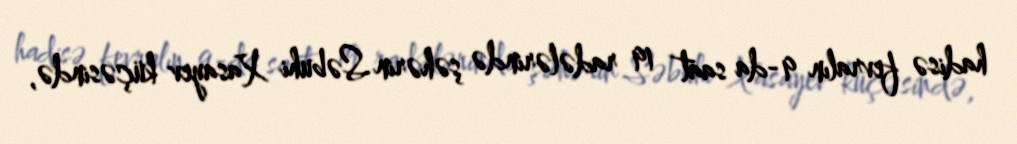
hadisə fevralın 9-da saat 19 radələrində şəhərin Səbuhi Xasayev küçəsində,